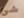
شئ